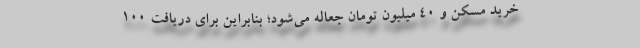
خرید مسکن و ۴۰ میلیون تومان جعاله می‌شود؛ بنابراین برای دریافت ۱۰۰